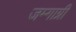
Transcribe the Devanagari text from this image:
जम्गाग्नी